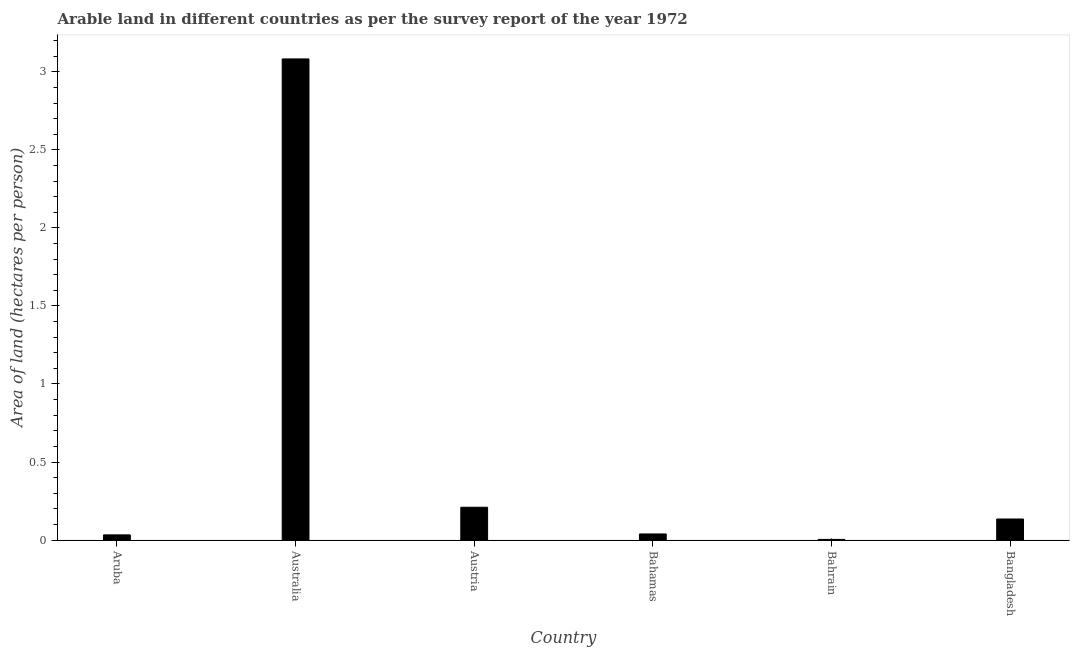
| Country | Arable land |
 | --- | --- |
 | Aruba | 0.0334 |
 | Australia | 3.08 |
 | Austria | 0.21 |
 | Bahamas | 0.0394 |
 | Bahrain | 0.00436 |
 | Bangladesh | 0.135 |